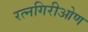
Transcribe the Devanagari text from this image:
रत्नगिरीओण